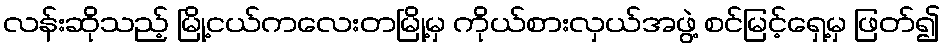
လန်းဆိုသည့် မြို့ငယ်ကလေးတမြို့မှ ကိုယ်စားလှယ်အဖွဲ့ စင်မြင့်ရှေ့မှ ဖြတ်၍